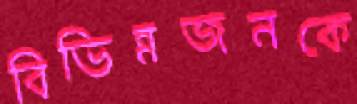
বিভিন্নজনকে